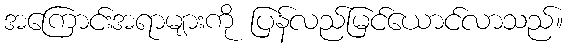
အကြောင်းအရာများကို ပြန်လည်မြင်ယောင်လာသည်။